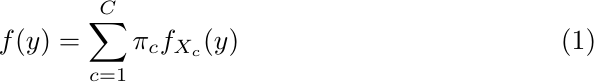
\begin{align}
    f(y) = \sum_{c=1}^{C} \pi_{c} f_{X_{c}}(y)
\end{align}